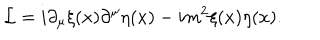
LaTeX: { \cal L } = i \partial _ { \mu } \xi ( x ) \partial ^ { \mu } \eta ( x ) - i m ^ { 2 } \xi ( x ) \eta ( x ) .